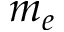
m _ { e }